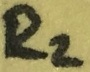
Text: R2